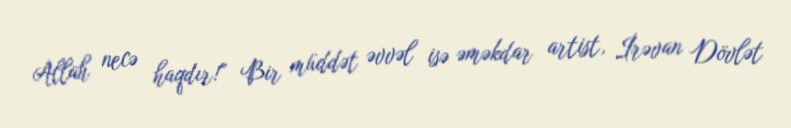
Allah necə haqdır!” Bir müddət əvvəl isə əməkdar artist, İrəvan Dövlət